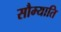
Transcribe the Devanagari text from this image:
सौम्याति